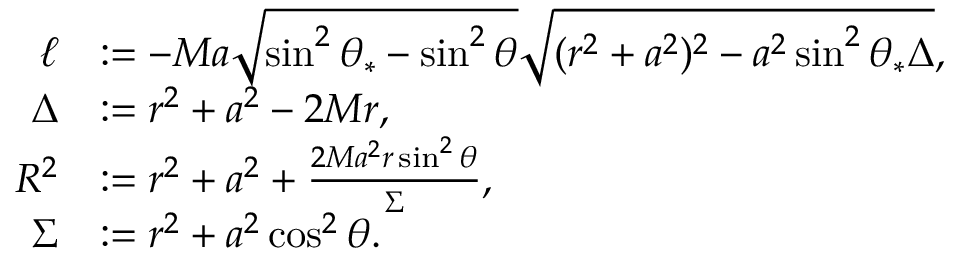
\begin{array} { r l } { \ell } & { : = - M a \sqrt { \sin ^ { 2 } \theta _ { * } - \sin ^ { 2 } \theta } \sqrt { ( r ^ { 2 } + a ^ { 2 } ) ^ { 2 } - a ^ { 2 } \sin ^ { 2 } \theta _ { * } \Delta } , } \\ { \Delta } & { : = r ^ { 2 } + a ^ { 2 } - 2 M r , } \\ { R ^ { 2 } } & { : = r ^ { 2 } + a ^ { 2 } + \frac { 2 M a ^ { 2 } r \sin ^ { 2 } \theta } { \Sigma } , } \\ { \Sigma } & { : = r ^ { 2 } + a ^ { 2 } \cos ^ { 2 } \theta . } \end{array}